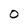
Character: O